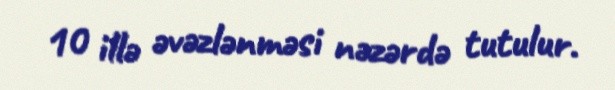
10 illə əvəzlənməsi nəzərdə tutulur.